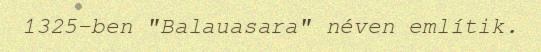
1325-ben "Balauasara" néven említik.